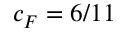
c _ { F } = 6 / 1 1